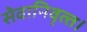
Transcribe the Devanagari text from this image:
सेवानिवृत्‍त।